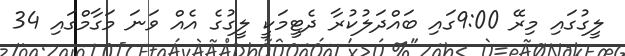
ލީގުގައި މިރޭ 9:00ގައި ބައްދަލުކުރާ ދެޓީމަކީ ލީގުގެ އެއް ވަނަ މަގާމްގައި 34